Report of the Indian Hemp Drugs Commission, 1894-1895 - Volume IV
Year: 1894
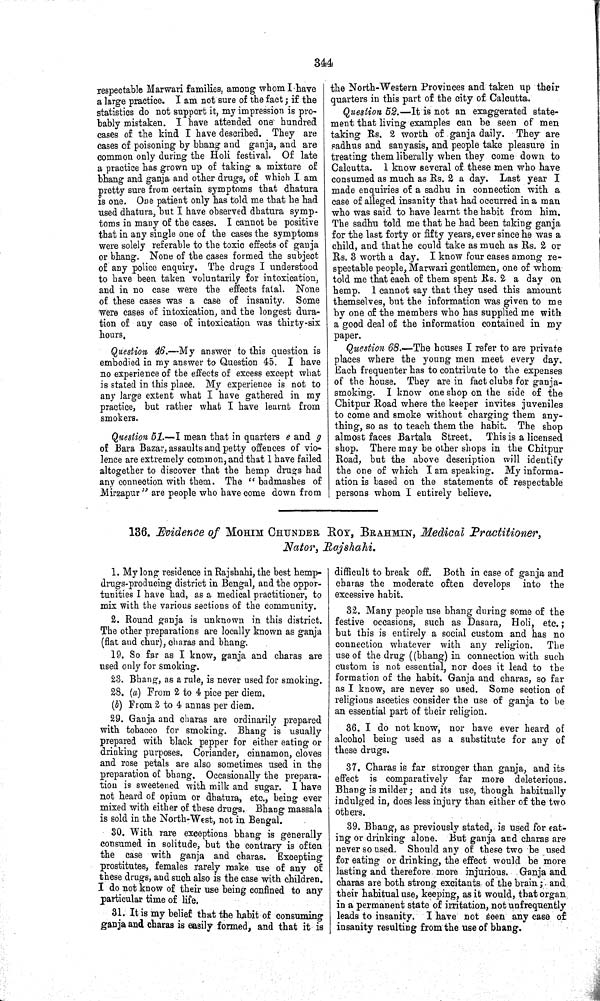
344
respectable Marwari families, among whom I have
a large practice. I am not sure of the fact; if the
statistics do not support it, my impression is pro-
bably mistaken. I have attended one hundred
cases of the kind I have described. They are
cases of poisoning by bhang and ganja, and are
common only during the Holi festival. Of late
a practice has grown up of taking a mixture of
bhang and ganja and other drugs, of which I am
pretty sure from certain symptoms that dhatura
is one. One patient only has told me that he had
used dhatura, but I have observed dhatura symp-
toms in many of the cases. I cannot be positive
that in any single one of the cases the symptoms
were solely referable to the toxic effects of ganja
or bhang. None of the cases formed the subject
of any police enquiry. The drugs I understood
to have been taken voluntarily for intoxication,
and in no case were the effects fatal. None
of these cases was a case of insanity. Some
were cases of intoxication, and the longest dura-
tion of any case of intoxication was thirty-six
hours.
Question 46.—My answer to this question is
embodied in my answer to Question 45. I have
no experience of the effects of excess except what
is stated in this place. My experience is not to
any large extent what I have gathered in my
practice, but rather what I have learnt from
smokers.
Question 51.—I mean that in quarters e and g
of Bara Bazar, assaults and petty offences of vio-
lence are extremely common, and that I have failed
altogether to discover that the hemp drugs had
any connection with them. The "badmashes of
Mirzapur" are people who have come down from
the North-Western Provinces and taken up their
quarters in this part of the city of Calcutta.
Question 52.—It is not an exaggerated state-
ment that living examples can be seen of men
taking Rs. 2 worth of ganja daily. They are
sadhus and sanyasis, and people take pleasure in
treating them liberally when they come down to
Calcutta. I know several of these men who have
consumed as much as Rs. 2 a day. Last year I
made enquiries of a sadhu in connection with a
case of alleged insanity that had occurred in a man
who was said to have learnt the habit from him.
The sadhu told me that he had been taking ganja
for the last forty or fifty years, ever since he was a
child, and that he could take as much as Rs. 2 or
Rs. 3 worth a day. I know four cases among re-
spectable people, Marwari gentlemen, one of whom
told me that each of them spent Rs. 2 a day on
hemp. I cannot say that they used this amount
themselves, but the information was given to me
by one of the members who has supplied me with
a good deal of the information contained in my
paper.
Question 68.—The houses I refer to are private
places where the young men meet every day.
Each frequenter has to contribute to the expenses
of the house. They are in fact clubs for ganja-
smoking. I know one shop on the side of the
Chitpur Road where the keeper invites juveniles
to come and smoke without charging them any-
thing, so as to teach them the habit. The shop
almost faces Bartala Street.
This is a licensed
shop. There may be other shops in the Chitpur
Road, but the above description will identify
the one of which I am speaking. My informa-
ation is based on the statements of respectable
persons whom I entirely believe.
136. Evidence of MOHIM CHUNDER, ROY, BRAHMIN, Medical Practitioner,
Nator, Rajshahi.
1. My long residence in Rajshahi, the best hemp-
drugs-producing district in Bengal, and the oppor-
tunities I have had, as a medical practitioner, to
mix with the various sections of the community.
2. Round ganja is unknown in this district.
The other preparations are locally known as ganja
(flat and chur), charas and bhang.
19. So far as I know, ganja and charas are
used only for smoking.
23. Bhang, as a rule, is never used for smoking.
28. (a) From 2 to 4 pice per diem.
(b) From 2 to 4 annas per diem.
29. Ganja and charas are ordinarily prepared
with tobacco for smoking. Bhang is usually
prepared with black pepper for either eating or
drinking purposes. Coriander, cinnamon, cloves
and rose petals are also sometimes used in the
preparation of bhang. Occasionally the prepara-
tion is sweetened with milk and sugar. I have
not heard of opium or dhatura, etc., being ever
mixed with either of these drugs. Bhang massala
is sold in the North-West, not in Bengal.
30. With rare exceptions bhang is generally
consumed in solitude, but the contrary is often
the case with ganja and charas. Excepting
prostitutes, females rarely make use of any of
these drugs, and such also is the case with children.
I do not know of their use being confined to any
particular time of life.
31. It is my belief that the habit of consuming
ganja and charas is easily formed, and that it is
difficult to break off. Both in case of ganja and
charas the moderate often develops into the
excessive habit.
32. Many people use bhang during some of the
festive occasions, such as Dasara, Holi, etc.;
but this is entirely a social custom and has no
connection whatever with any religion.
The
use of the drug ((bhang) in connection with such
custom is not essential, nor does it lead to the
formation of the habit. Ganja and charas, so far
as I know, are never so used. Some section of
religious ascetics consider the use of ganja to be
an essential part of their religion.
36. I do not know, nor have ever heard of
alcohol being used as a substitute for any of
these drugs.
37. Charas is far stronger than ganja, and its
effect is comparatively far more deleterious.
Bhang is milder; and its use, though habitually
indulged in, does less injury than either of the two
others.
39. Bhang, as previously stated, is used for eat-
ing or drinking alone. But ganja and charas are
never so used. Should any of these two be used
for eating or drinking, the effect would be more
lasting and therefore more injurious. Ganja and
charas are both strong excitants of the brain; and
their habitual use, keeping, as it would, that organ
in a permanent state of irritation, not unfrequently
leads to insanity. I have not seen any case of
insanity resulting from the use of bhang.